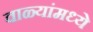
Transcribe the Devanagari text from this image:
वाळ्यांमध्ये